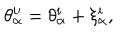
\theta _ { \alpha } ^ { i \prime } = \theta _ { \alpha } ^ { i } + \xi _ { \alpha } ^ { i } ,